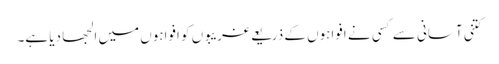
کتنی آسانی سے کسی نے افواہوں کے ذریعے غریبوں کو افواہوں میں الجھا دیا ہے۔